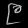
Digit: ၉